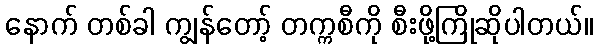
နောက် တစ်ခါ ကျွန်တော့် တက္ကစီကို စီးဖို့ကြိုဆိုပါတယ်။